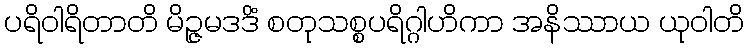
ပရိဝါရိတာတိ မိဉ္ဇမဒဒိံ စတုသစ္စပရိဂ္ဂါဟိကာ အနိဿာယ ယုဝါတိ